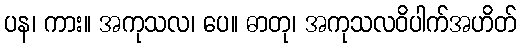
ပန၊ ကား။ အကုသလ၊ ပေ။ ဓာတု၊ အကုသလဝိပါက်အဟိတ်